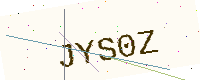
Text: JYS0Z